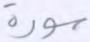
سورة